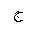
Letter: _gim